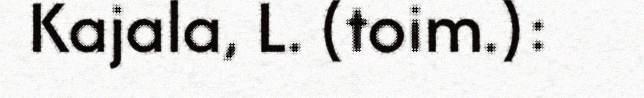
Kajala, L. (toim.):